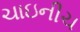
ચાઇનીચ